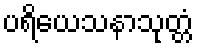
ပရိယေသနာသုတ္တံ